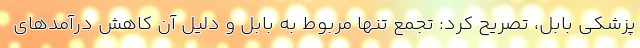
پزشکی بابل، تصریح کرد: تجمع تنها مربوط به بابل و دلیل آن کاهش درآمدهای